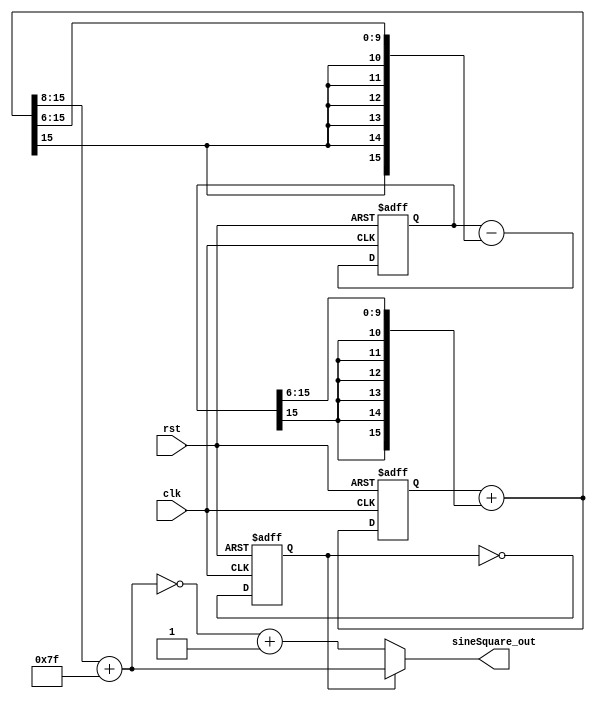
`timescale 1 ps/ 1 ps

module sineSquare_wave(clk,
                       rst, 
                       sineSquare_out);
                   
   input clk,
         rst;
   output [7:0] sineSquare_out;
 
   wire [15:0] sine, 
               cosine;
   reg  [15:0] pre_sine,
               pre_cosine;
    
   reg toggle;            

   assign sine = pre_sine + {{(6){pre_cosine[15]}}, pre_cosine[15:6]};
   assign cosine = pre_cosine - {{(6){sine[15]}}, sine[15:6]};
   assign sineSquare_out = (toggle) ? (sine[15:8] + 8'b01111111)  : (~(sine[15:8] + 8'b01111111) + 1'b1);
   
   
   always @(posedge clk, posedge rst) begin
        if (rst)
          toggle <= 1'b1;
        else
          toggle <= ~toggle;
   end  
  
   always @(posedge clk, posedge rst) begin
        if (rst) begin
            pre_sine <= 16'b0;
            pre_cosine <= 16'b0111010100110000;
        end
        else begin
            pre_sine <= sine;
            pre_cosine <= cosine;
        end
   end 
     
endmodule